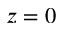
z = 0